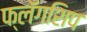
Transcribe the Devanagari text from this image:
फ्लॅगशिप